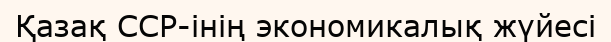
Қазақ ССР-інің экономикалық жүйесі